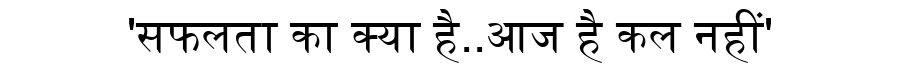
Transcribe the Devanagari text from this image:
'सफलता का क्या है..आज है कल नहीं'